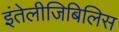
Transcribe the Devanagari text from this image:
इंतेलीजिबिलिस